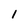
Character: 1